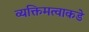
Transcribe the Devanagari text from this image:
व्यक्तिमत्वाकडे